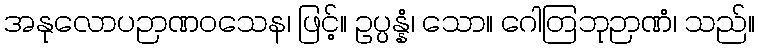
အနုလောပဉာဏဝသေန၊ ဖြင့်။ ဥပ္ပန္နံ၊ သော။ ဂေါတြဘုဉာဏံ၊ သည်။